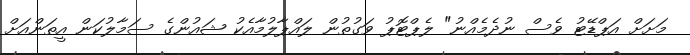
މަށަށް އަޕްޑޭޓު ވެސް ނުދެމެއްނު" ލެޕްޓޮޕު ވަގުތުން ލައްޕާލުމާއެކު ޝައުންގެ ސަމާލުކަން އީތަންއަށް